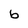
Character: b